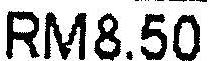
RM8.50